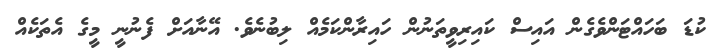
ކުޑަ ބަހައްޓަންވެގެން އައިސް ކައިރިވީތަނުން ހައިރާންކަމެއް ލިބުނެވެ. އޭނާއަށް ފެނުނީ މީގެ އެތަކެއް